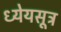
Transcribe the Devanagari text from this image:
ध्येयसूत्र